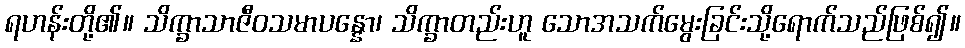
ရဟန်းတို့၏။ သိက္ခာသာဇီဝသမာပန္နော၊ သိက္ခာတည်းဟူ သောအသက်မွေးခြင်းသို့ရောက်သည်ဖြစ်၍။